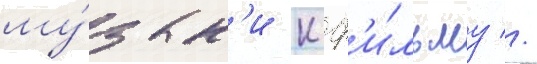
му́зык'и к ф'и́льму //